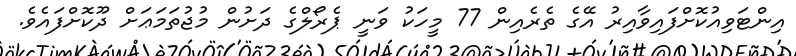
އިންޓަވިއުކޮށްފައިވާއިރު އޭގެ ތެރެއިން 77 މީހަކު ވަނީ ޕެރޯލްގެ ދަށުން މުޖުތަމަޢަށް ދޫކޮށްފައެވެ.